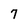
Character: 7